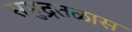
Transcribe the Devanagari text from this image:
समुद्रतळास